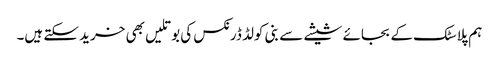
ہم پلاسٹک کے بجائے شیشے سے بنی کولڈ ڈرنکس کی بوتلیں بھی خرید سکتے ہیں۔